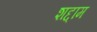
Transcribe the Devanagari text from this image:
शद्दाम